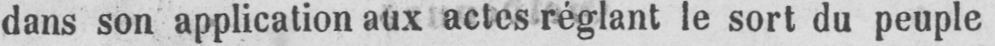
dans son application aux actes réglant le sort du peuple